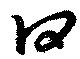
曰